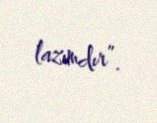
lazımdır”.